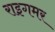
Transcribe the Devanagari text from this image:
राइगमर